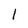
Character: l